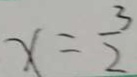
x = \frac { 3 } { 2 }